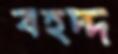
বহদ্দ